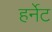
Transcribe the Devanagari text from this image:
हर्नेट